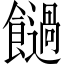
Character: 𩟂